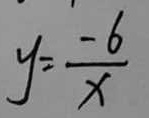
y = \frac { - 6 } { x }